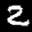
Label: 2